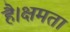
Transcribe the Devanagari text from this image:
है।क्षमता